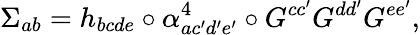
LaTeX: \Sigma_{ab}=h_{bcde}\circ\alpha_{ac^{\prime}d^{\prime}e^{\prime}}^{4}\circ G^{cc^{\prime}}G^{dd^{\prime}}G^{ee^{\prime}},